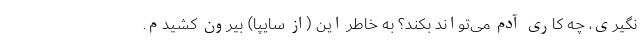
نگیری، چه کاری آدم می‌تواند بکند؟ به خاطر این (از سایپا) بیرون کشیدم.